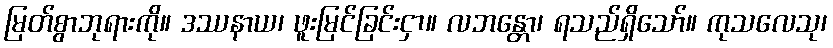
မြတ်စွာဘုရားကို။ ဒဿနာယ၊ ဖူးမြင်ခြင်းငှာ။ လဘန္တော၊ ရသည်ရှိသော်။ ကုသလေသု၊